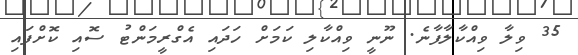
35 ވިލާ ވިއްކާލާފާނެ. ނޫނީ ވިއްކާލި ކަމަށް ހަދައި އެގްރީމަންޓު ސޮއި ކޮށްފައި